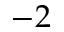
- 2